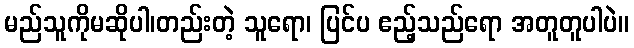
မည်သူကိုမဆိုပါ၊တည်းတဲ့ သူရော၊ ပြင်ပ ဧည့်သည်ရော အတူတူပါပဲ။